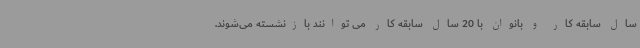
سال سابقه کار و بانوان با 20 سال سابقه کار می توانند بازنشسته می‌شوند.